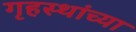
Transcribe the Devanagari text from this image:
गृहस्थांच्या